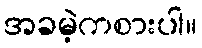
အခမဲ့ကစားပါ။